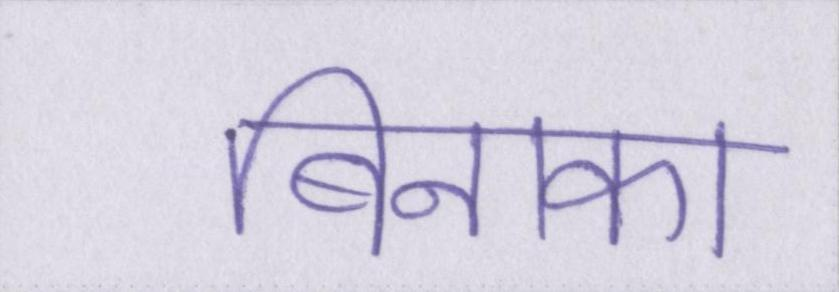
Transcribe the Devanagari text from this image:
बिनाका